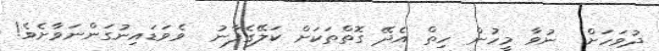
ދުވަހަށް  ނުވާ މީހުން ހިތް އެދޭ ގޮތްތަކަށް ކަލޭގެފާނު  ވެވަޑައިނުގަންނަވާށެވެ!